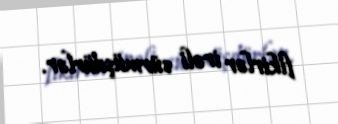
fikirlər irəli sürmüşdürlər.